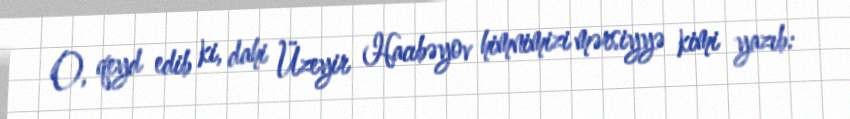
O, qeyd edib ki, dahi Üzeyir Hacıbəyov himnimizi mərsiyyə kimi yazıb: